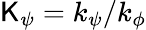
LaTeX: \mathsf{K}_{\psi}=k_{\psi}/k_{\phi}